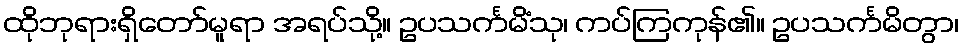
ထိုဘုရားရှိတော်မူရာ အရပ်သို့။ ဥပသင်္ကမိံသု၊ ကပ်ကြကုန်၏။ ဥပသင်္ကမိတွာ၊